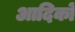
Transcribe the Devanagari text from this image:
आदिकों